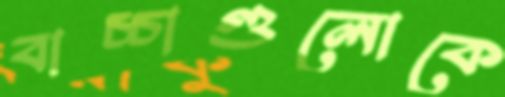
বাচ্চাগুলোকে